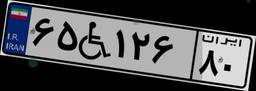
۶۵W۱۲۶۸۰